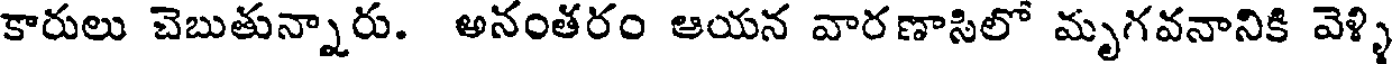
కారులు చెబుతున్నారు. అనంతరం ఆయన వారణాసిలో మృగవనానికి వెళ్ళి